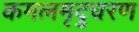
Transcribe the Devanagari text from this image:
कमलमृदुचरण